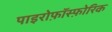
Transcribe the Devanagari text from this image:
पाइरोफ़ॉस्फ़ोरिक